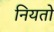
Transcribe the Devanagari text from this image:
नियतो